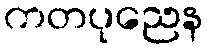
ကတပုညေန